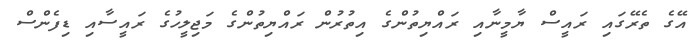
އޭގެ ތެރޭގައި ރައީސް ޔާމީނާއި ރައްޔިތުންގެ އިތުރުން ރައްޔިތުންގެ މަޖިލީހުގެ ރައީސާއި ޑިފެންސް